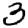
Digit: 3